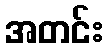
အတင်း